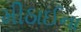
મીઠાઈના